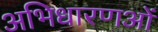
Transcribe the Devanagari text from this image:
अभिधारणओं